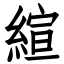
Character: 縇